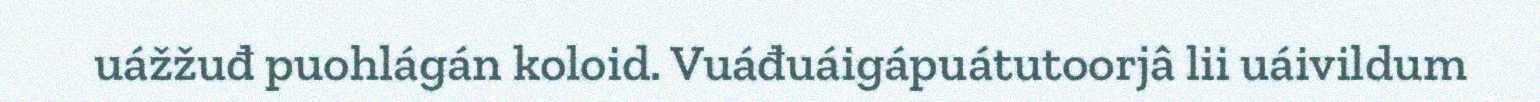
uážžuđ puohlágán koloid. Vuáđuáigápuátutoorjâ lii uáivildum